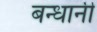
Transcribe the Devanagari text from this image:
बन्धानी